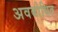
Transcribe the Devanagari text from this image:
अवबोधित